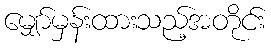
မျှော်မှန်းထားသည့်အတိုင်း